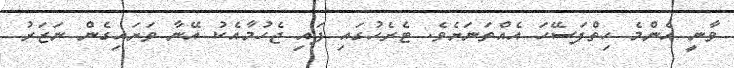
ވާނީ އެންމެ ހިތްފަސޭހަ އެއްތަނަށެވެ. ޓެރެހުގައި ފައި ޖެހުމާއެކު އޭނާ ވަށައިގެން ނަޒަރު